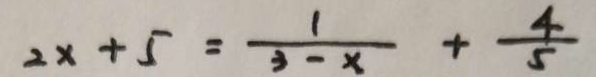
2 x + 5 = \frac { 1 } { 3 - x } + \frac { 4 } { 5 }